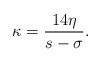
\begin{align*}\kappa=\frac{14\eta}{s - \sigma}.\end{align*}